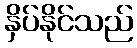
နှိပ်နိုင်သည်